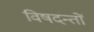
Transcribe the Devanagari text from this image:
विषदन्तों